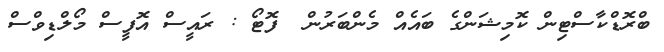
ބްރޮޑްކާސްޓިން ކޮމިޝަންގެ ބައެއް މެންބަރުން  ފޮޓޯ : ރައީސް އޮފީސް މޯލްޑިވްސް